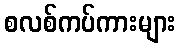
စလစ်ကပ်ကားများ